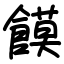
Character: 饃